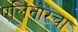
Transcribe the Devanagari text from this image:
एलिनोरचा